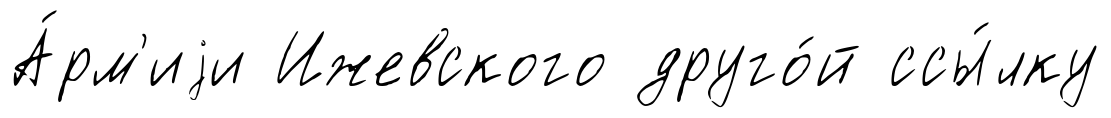
А́рм'иjи Ижевского друго́й ссы́лку